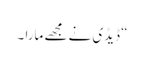
“ ڈیڈی نے مجھے مارا ۔